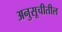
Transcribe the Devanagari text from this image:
अनुसूचीतील